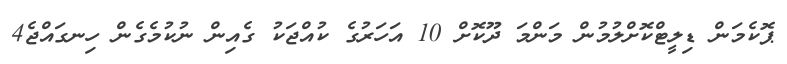
ޕޮކެމަން ޑިލީޓްކޮށްލުމުން މަންމަ ދޫކޮށް 10 އަހަރުގެ ކުއްޖަކު ގެއިން ނުކުމެގެން ހިނގައްޖެ4